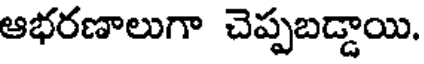
ఆభరణాలుగా చెప్పబడ్డాయి.